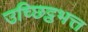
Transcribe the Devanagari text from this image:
उच्छिट्ठभत्त